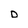
Character: D